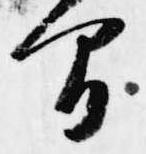
間